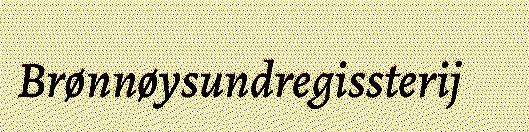
Brønnøysundregissterij